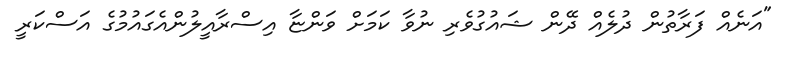
"އަނެއް ފަރާތުން ދުލެއް ދޭން ޝައުގުވެރި ނުވާ ކަމަށް ވަންޏާ އިސްރާއީލުންއެގައުމުގެ އަސްކަރީ